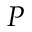
P